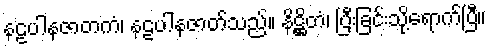
နဠပါနဇာတကံ၊ နဠပါနဇာတ်သည်။ နိဋ္ဌိတံ၊ ပြီးခြင်းသို့ရောက်ပြီ။